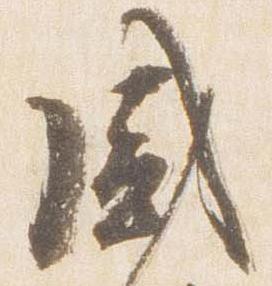
盛